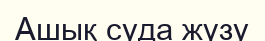
Ашық суда жүзу